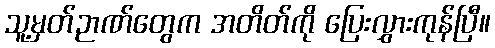
သူ့မှတ်ဉာဏ်တွေက အတိတ်ကို ပြေးလွှားကုန်ပြီ။